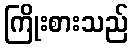
ကြိုးစားသည်